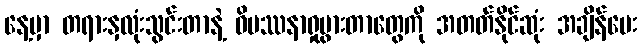
နေ့မှာ တရားနှလုံးသွင်းတာနဲ့ ဝိပဿနာရှုပွားတာတွေကို အတတ်နိုင်ဆုံး အချိန်ပေး